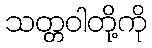
သတ္တဝါတို့ကို